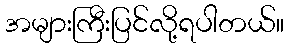
အများကြီးပြင်လို့ရပါတယ်။